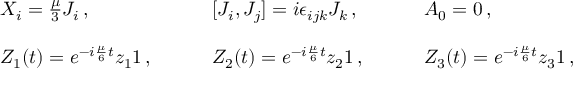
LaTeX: \begin{array} { l l l } { { X _ { i } = \textstyle { \frac { \mu } { 3 } } J _ { i } \, , ~ ~ ~ } } & { { ~ ~ ~ [ J _ { i } , J _ { j } ] = i \epsilon _ { i j k } J _ { k } \, , ~ ~ ~ } } & { { ~ ~ ~ A _ { 0 } = 0 \, , } } \\ { { { } } } & { { { } } } & { { { } } } \\ { { Z _ { 1 } ( t ) = e ^ { - i \frac { \mu } { 6 } t } z _ { 1 } { 1 } \, , ~ ~ ~ } } & { { ~ ~ ~ Z _ { 2 } ( t ) = e ^ { - i \frac { \mu } { 6 } t } z _ { 2 } { 1 } \, , ~ ~ ~ } } & { { ~ ~ ~ Z _ { 3 } ( t ) = e ^ { - i \frac { \mu } { 6 } t } z _ { 3 } { 1 } \, , } } \end{array}